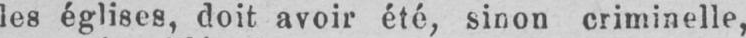
les églises, doit avoir été, sinon criminelle,